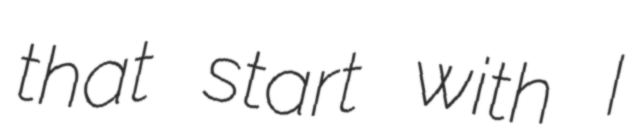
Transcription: that start with I